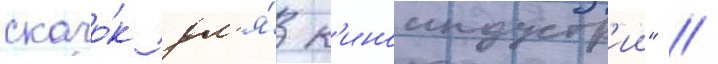
скачо́к дл'я́ к'иноиндустр'ии" //